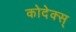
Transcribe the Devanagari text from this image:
कोदेक्स्